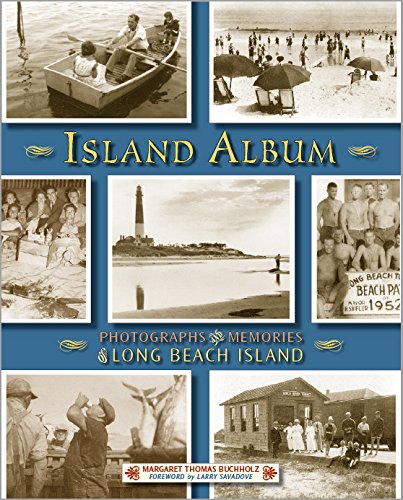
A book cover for Island Album: Photographs & Memories of Long Beach Island; Margaret Thomas Buchholz; Travel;